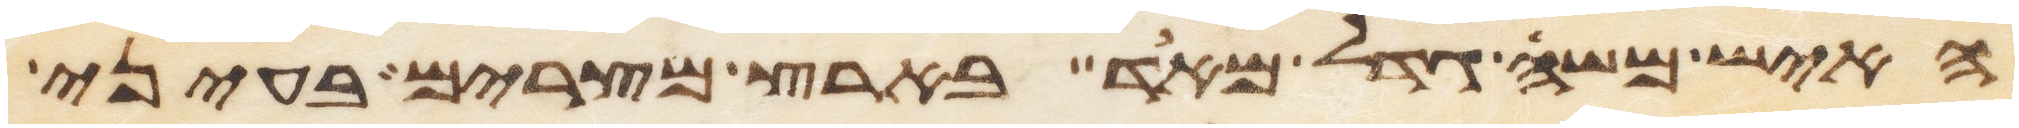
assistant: האיש משה גדל מאד בארץ מצרים בעיני